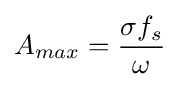
A_{max}={\sigma f_{s} \over \omega }